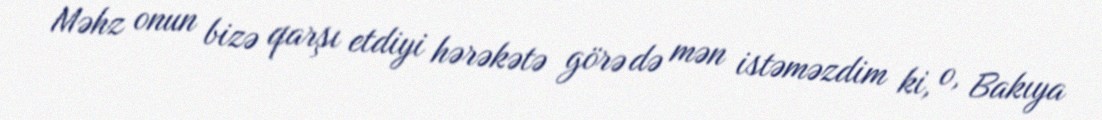
Məhz onun bizə qarşı etdiyi hərəkətə görə də mən istəməzdim ki, o, Bakıya